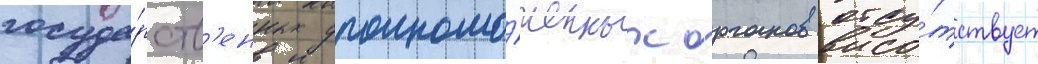
госуда́рств'енных уполномо́ченных органов отсу́тствует